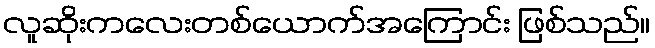
လူဆိုးကလေးတစ်ယောက်အကြောင်း ဖြစ်သည်။